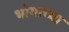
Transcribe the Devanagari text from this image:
भोगाच्या